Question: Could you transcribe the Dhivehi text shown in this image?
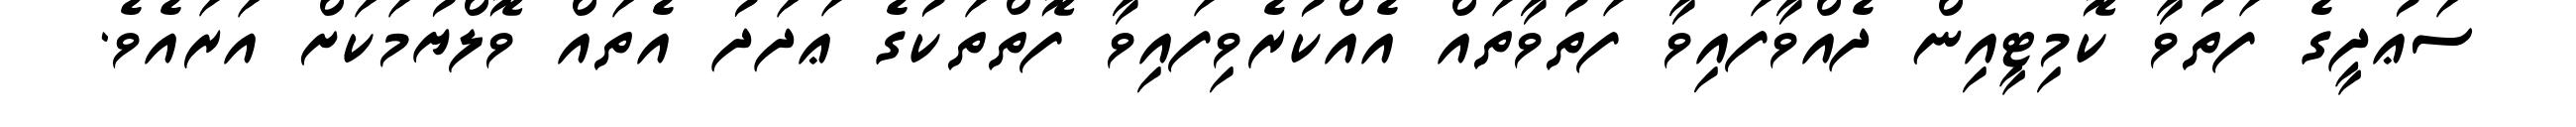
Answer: ސަޢުދީގެ ފަތުވާ ކޮމިޓީއިން ދެއްވާފައިވާ ފަތުވާތައް އެއްކުރެވިފައިވާ ފޮތްތަކުގެ ޢަދަދު އެތައް ވޮލްޔުމަކަށް އަރައެވެ.